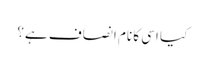
کیا اسی کا نام انصاف ہے؟